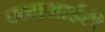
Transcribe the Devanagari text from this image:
एनाआईटी